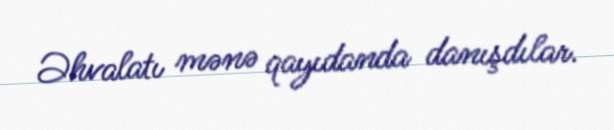
Əhvalatı mənə qayıdanda danışdılar.